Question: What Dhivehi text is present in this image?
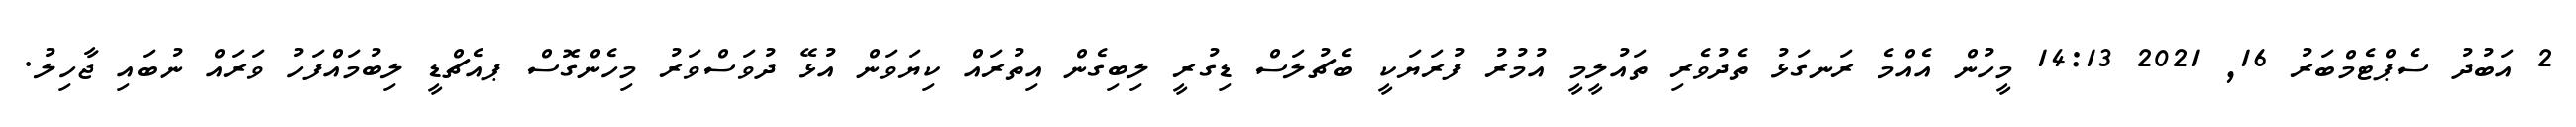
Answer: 2 އަބުދު ސެޕްޓެމްބަރު 16, 2021 14:13 މީހުން އެއްމެ ރަނގަޅު ތެދުވެރި ތައުލީމީ އުމުރު ފުރަޔަކީ ބެޗުލަސް ޑިގުރީ ލިބިގެން އިތުރައް ކިޔަވަން އުޅޭ ދުވަސްވަރު މިހެންގޮސް ޕއެޗްޑީ ލިބުމައްފަހު ވަރައް ނުބައި ޖާހިލު.